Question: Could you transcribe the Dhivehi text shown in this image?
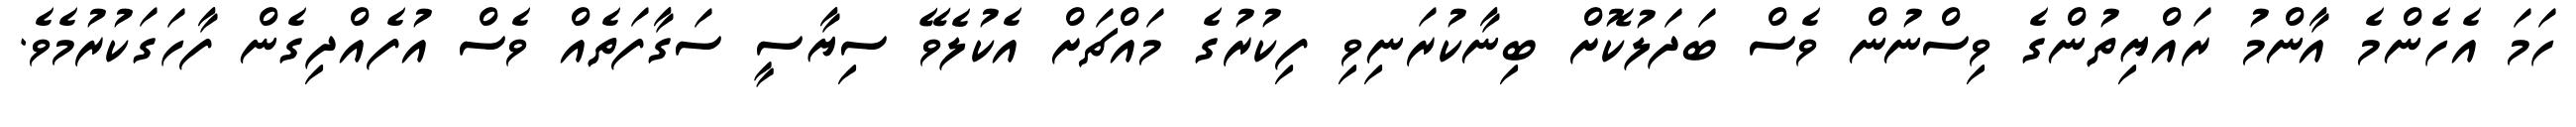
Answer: ހަމަ އެހެންމެ އާންމު ރައްޔިތުންގެ ވިސްނުން ވެސް ބަދަލުކޮށް ބިނާކުރަނިވި ފިކުރުގެ މައްޗަށް އެކުލެވޭ ސިޔާސީ ސަގާފަތެއް ވެސް އުފެއްދިގެން ފާހަގަކުރުމެވެ.